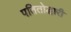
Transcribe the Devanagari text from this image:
पतितोद्धारी